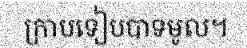
ក្រាបទៀបបាទមូល។